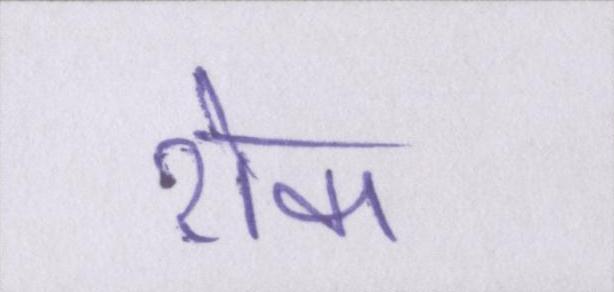
रोका